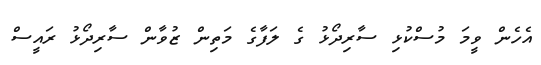
އެހެން ވީމަ މުސްކުޅި ސާރިދޯޅު ގެ ލަފާގެ މަތިން ޒުވާން ސާރިދޯޅު ރައީސް